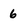
Character: 6